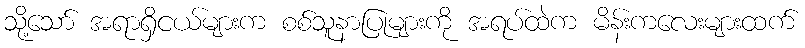
သို့သော် အရာရှိငယ်များက စစ်သူနာပြုများကို အရပ်ထဲက မိန်းကလေးများထက်